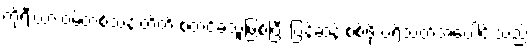
ကိုရီးယားဝမ်တစ်သန်းတိတိ စတင်ခဲ့သူဖြစ်ပြီး ပြန်ဆန်းစစ်ဖို့ ပရိသတ်အပေါင်းသည်